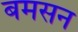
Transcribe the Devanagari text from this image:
बमसन